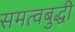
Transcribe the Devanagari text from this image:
समत्वबुद्धी